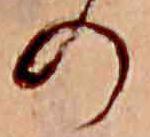
の